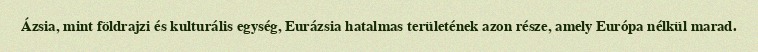
Ázsia, mint földrajzi és kulturális egység, Eurázsia hatalmas területének azon része, amely Európa nélkül marad.